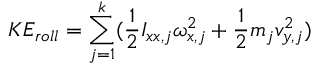
K E _ { r o l l } = \sum _ { j = 1 } ^ { k } ( \frac { 1 } { 2 } I _ { x x , j } \omega _ { x , j } ^ { 2 } + \frac { 1 } { 2 } m _ { j } v _ { y , j } ^ { 2 } )